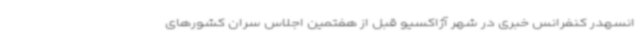
انسهدر کنفرانس خبری در شهر آژاکسیو قبل از هفتمین اجلاس سران کشورهای